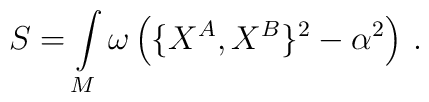
S=\int\limits_M\omega\left(\{X^A,X^B\}^2-\alpha^2\right)\,.